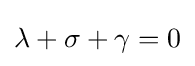
\lambda +\sigma +\gamma =0